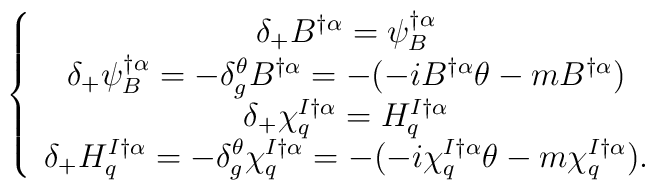
\left\{\begin{array}{c}\delta_+B^{\dagger\alpha}=\psi^{\dagger\alpha}_B  \\\delta_+\psi^{\dagger\alpha}_B=-\delta^\theta_gB^{\dagger\alpha}  =-(-iB^{\dagger\alpha}\theta-mB^{\dagger\alpha})\\\delta_+\chi^{I\dagger\alpha}_q=H^{I\dagger\alpha}_q\\\delta_+H^{I\dagger\alpha}_q=-\delta^\theta_g\chi^{I\dagger\alpha}_q=-(-i\chi^{I\dagger\alpha}_q\theta-m\chi^{I\dagger\alpha}_q).\end{array}\right.